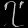
Digit: ၇